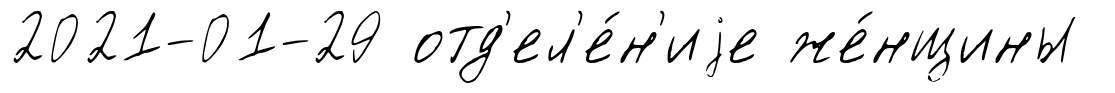
2021-01-29 отд'ел'е́н'иjе же́нщины